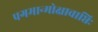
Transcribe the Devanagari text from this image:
पगमान्मोक्षावाप्तिः